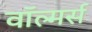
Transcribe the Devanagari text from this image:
वॉल्मर्स